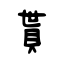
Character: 貰